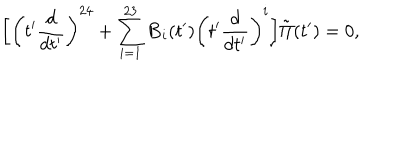
\biggl [ \biggl ( t ^ { \prime } { \frac { d } { d t ^ { \prime } } } \biggr ) ^ { 2 4 } + \sum _ { i = 1 } ^ { 2 3 } { \bf B } _ { i } ( t ^ { \prime } ) \biggl ( t ^ { \prime } { \frac { d } { d t ^ { \prime } } } \biggr ) ^ { i } \biggr ] \tilde { \Pi } ( t ^ { \prime } ) = 0 ,